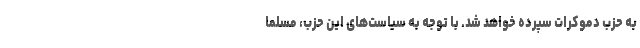
به حزب دموکرات سپرده خواهد شد. با توجه به سیاست‌های این حزب، مسلما